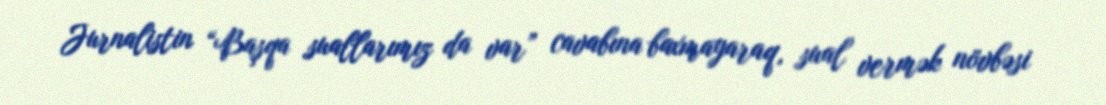
Jurnalistin “Başqa suallarımız da var” cavabına baxmayaraq, sual vermək növbəsi